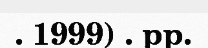
. 1999) . pp.